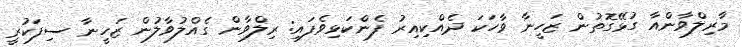
މާރިލްވާންއާ ގުޅޭގޮތުން ޒަހީނާ ވާހަކަ ދެއްކިއިރު ފެންކަޅިވެފައި: ރިލްވާން ގެއްލުވާލުން ޒަހީނާ ސިފަކުރީ